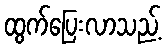
ထွက်ပြေးလာသည့်